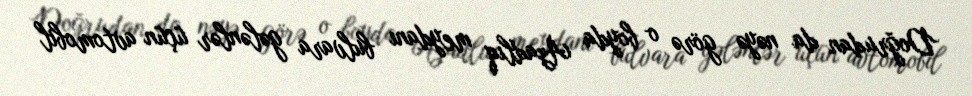
Doğrudan da nəyə görə o boyda Azadlıq meydanı bulvara gələnlər üçün avtomobil